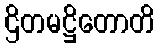
ဌိတမဋ္ဌိတောတိ